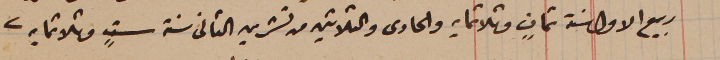
ربيع الاول سنة ثمانٍ وثلاثمايه والحادى والثلاثين من تشرين الثانى سنة ستٍ وثلاثمايه.